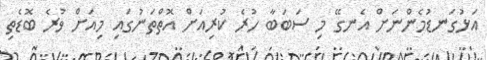
އަޅުގަނޑުމެންނަށް އެނގޭ މި ސަބަބާ ހުރެ ކުރިއަށް އޮތްތަނުގައި މިއަށް ވުރެ ބޮޑެތި